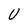
Character: U